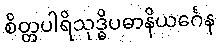
စိတ္တပါရိသုဒ္ဓိပဓာနိယင်္ဂေန